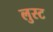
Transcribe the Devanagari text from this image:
लुस्ट